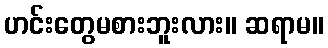
ဟင်းတွေမစားဘူးလား။ ဆရာမ။